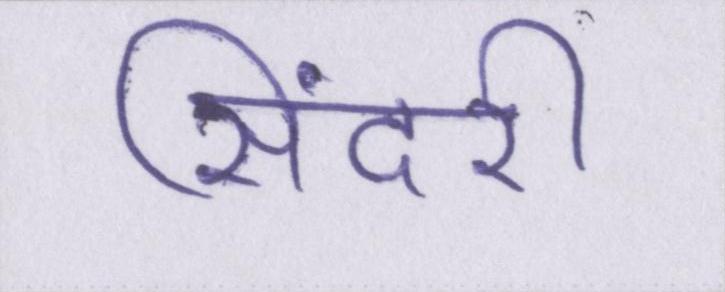
सिंदरी